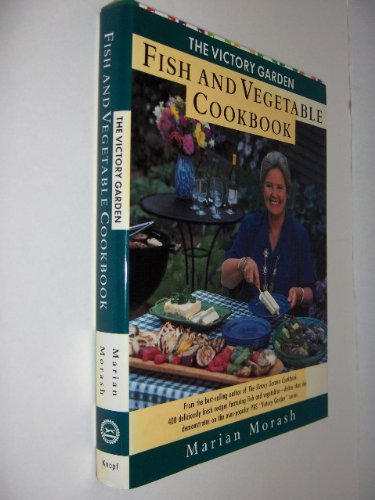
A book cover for The Victory Garden Fish and Vegetable Cookbook; Marian Morash; Cookbooks, Food & Wine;